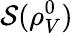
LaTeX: \mathcal{S}(\rho_{V}^{0})